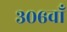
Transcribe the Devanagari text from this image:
३०६वाँ